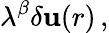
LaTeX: \lambda^{\beta}\delta\mathbf{u}(r)\, ,